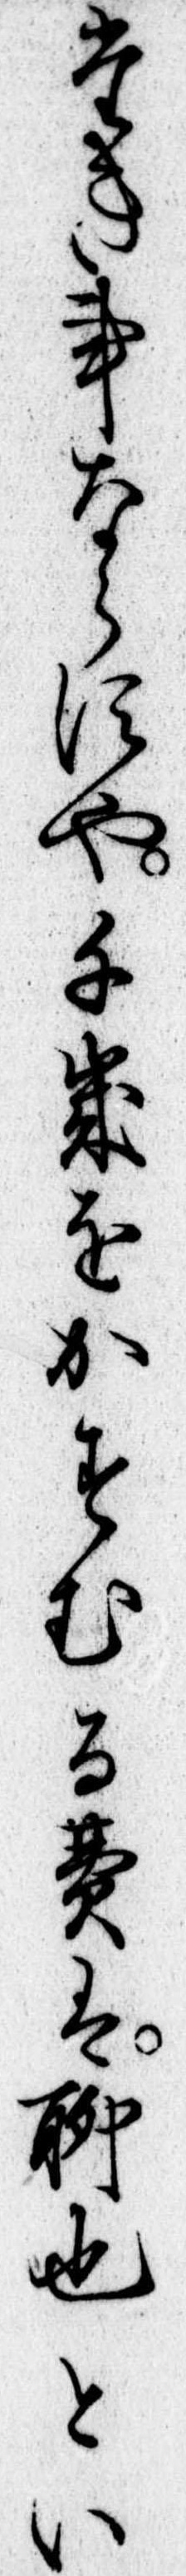
たき事ならすや千歳をかすむる費は聊也とい